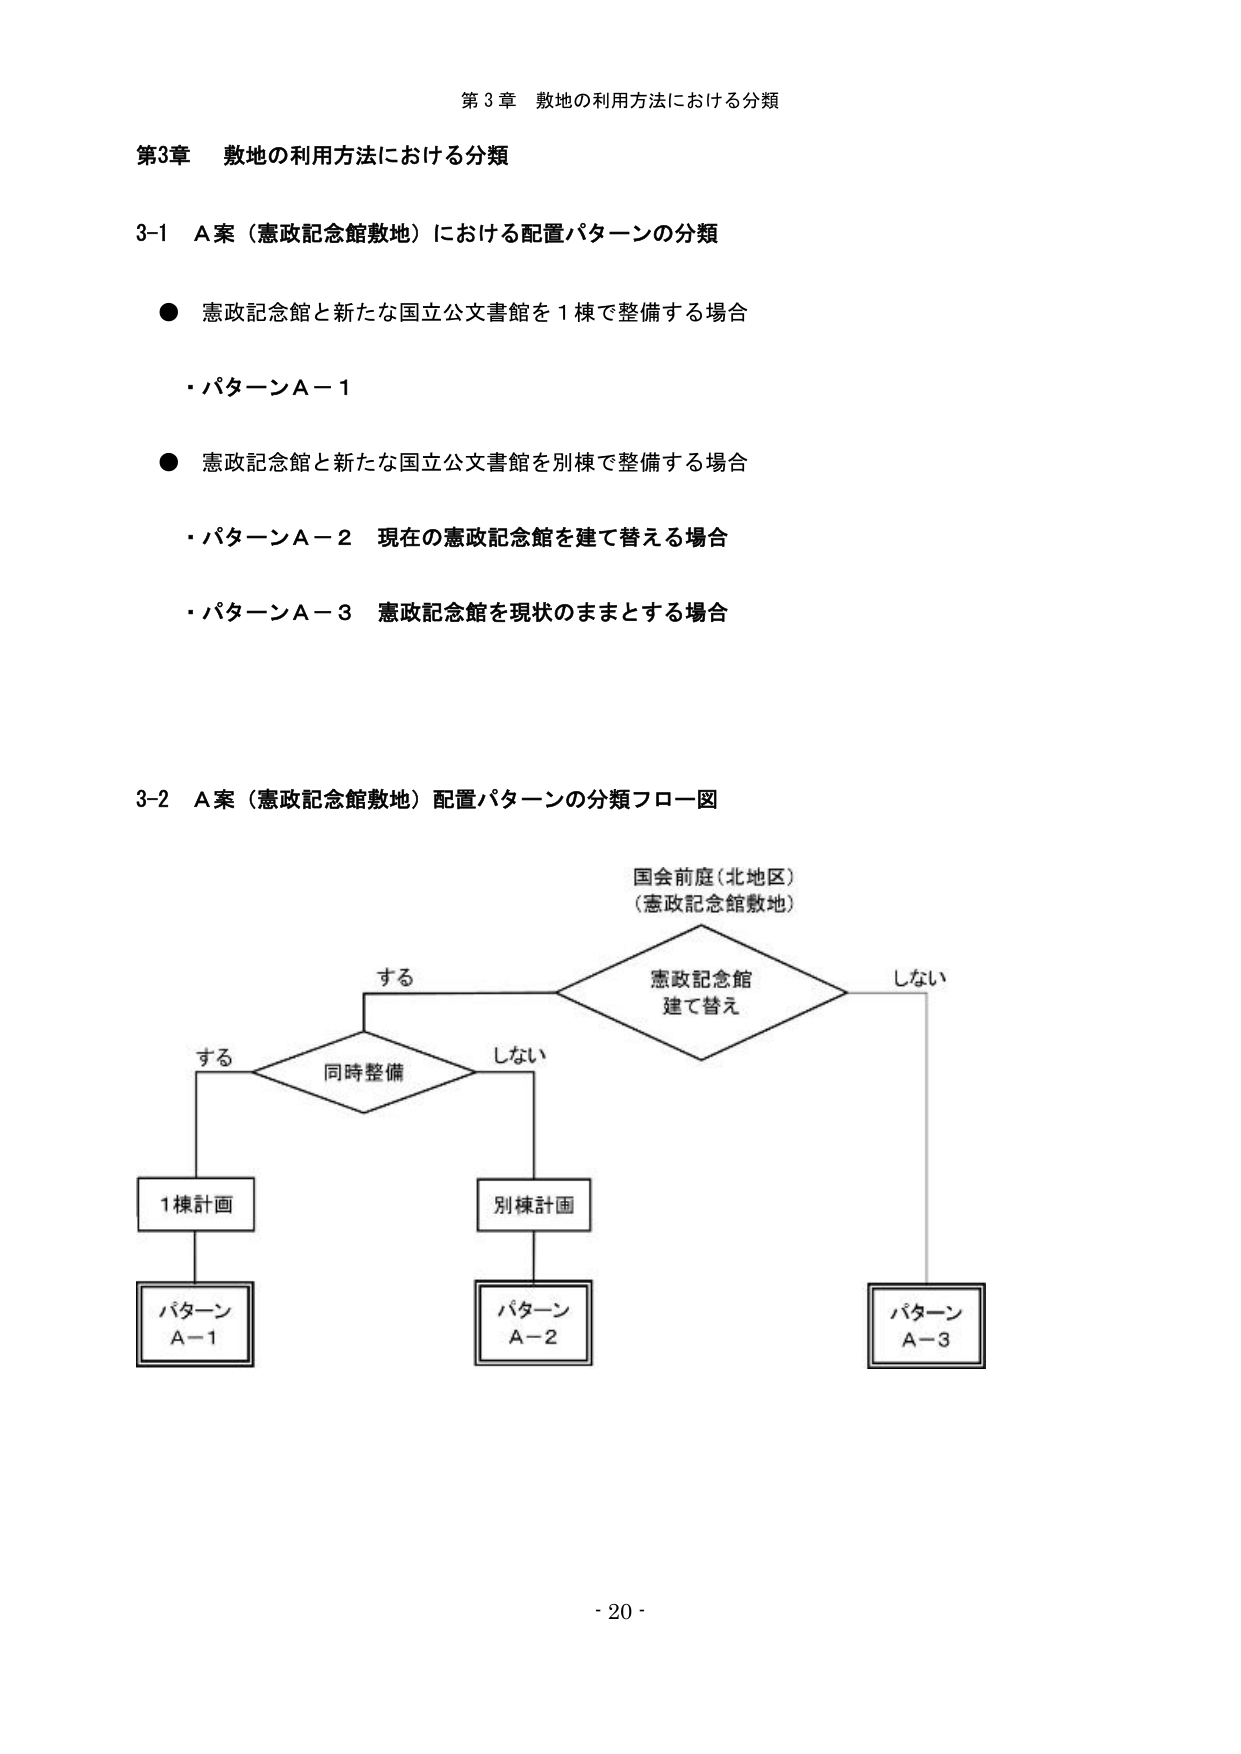
第3章 敷地の利用方法における分類

3-1 A案（憲政記念館敷地）における配置パターンの分類

● 憲政記念館と新たな国立公文書館を1棟で整備する場合
・パターンA－1

● 憲政記念館と新たな国立公文書館を別棟で整備する場合
・パターンA－2 現在の憲政記念館を建て替える場合
・パターンA－3 憲政記念館を現状のままとする場合

3-2 A案（憲政記念館敷地）配置パターンの分類フロー図

国会前庭（北地区）
（憲政記念館敷地）

する